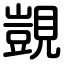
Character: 覬